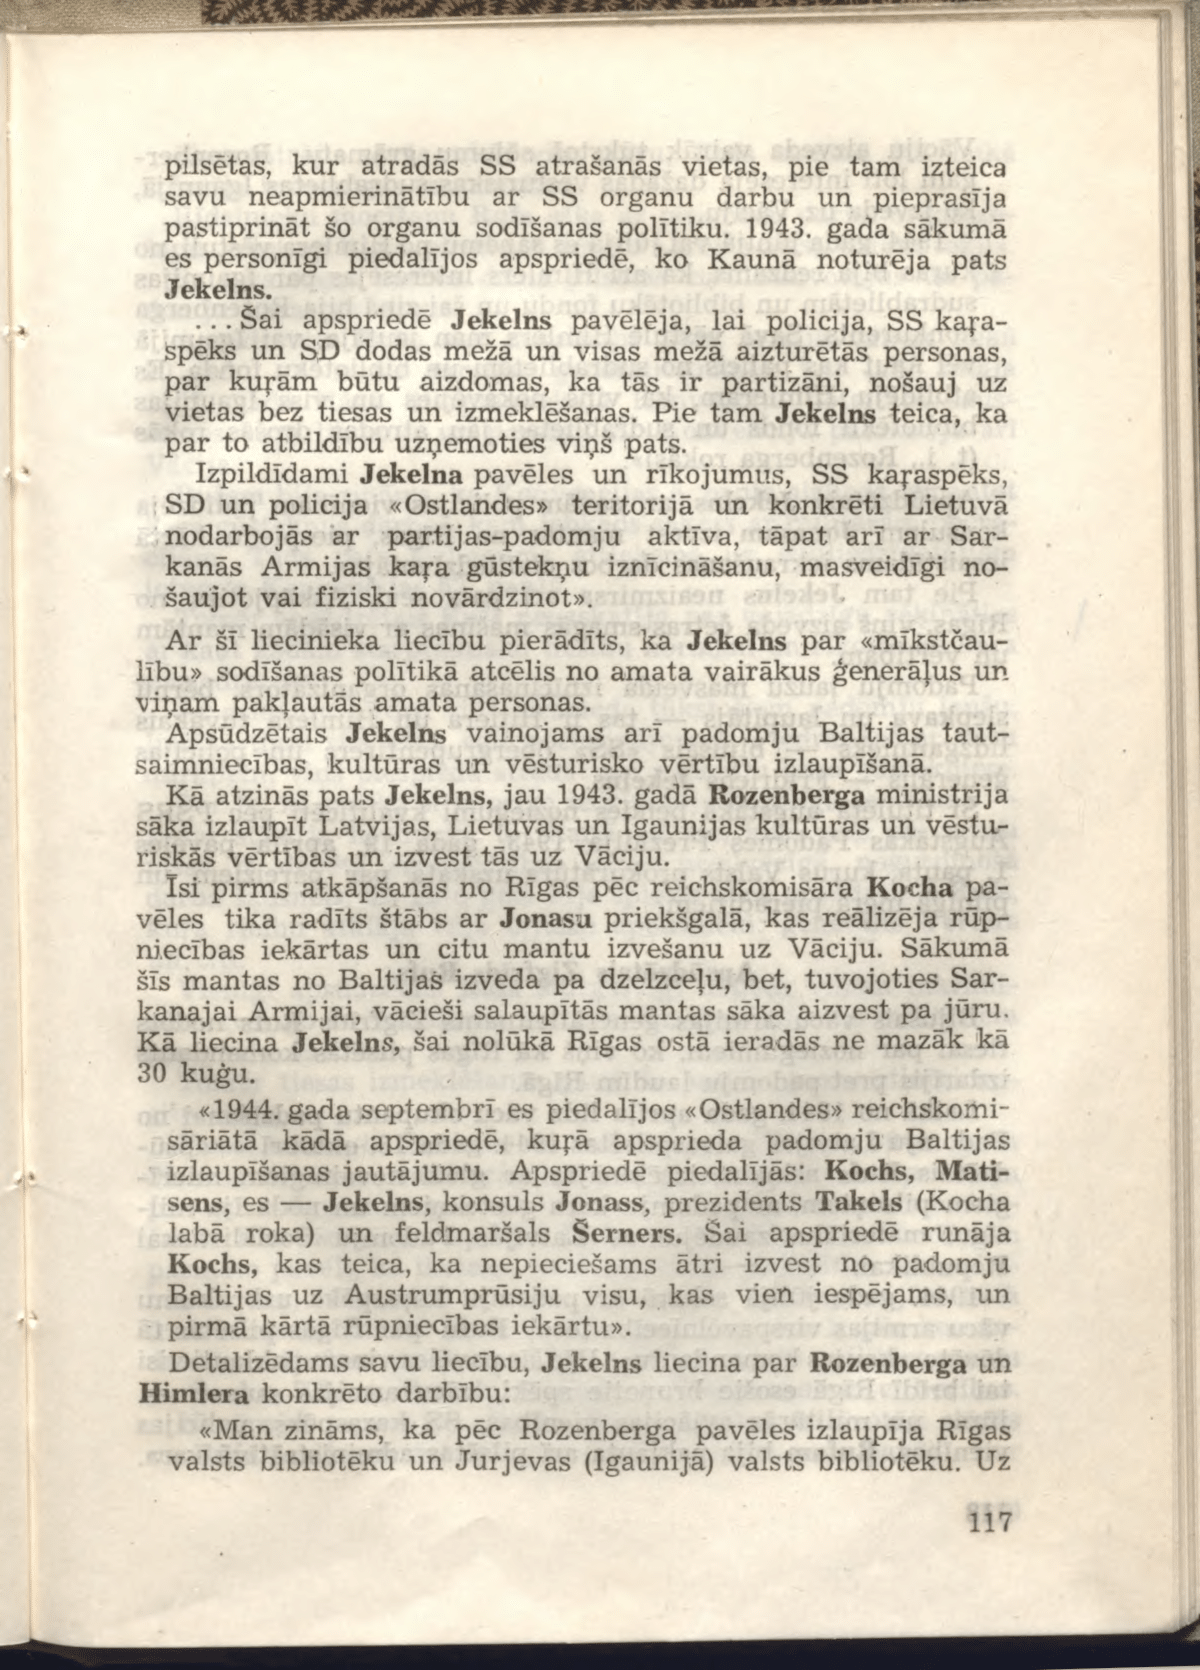
Language: lv